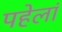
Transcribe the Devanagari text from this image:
पहेलां